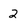
Character: 2